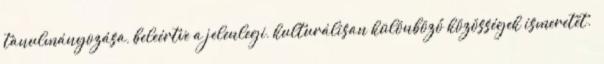
tanulmányozása, beleértve a jelenlegi, kulturálisan különböző közösségek ismeretét.